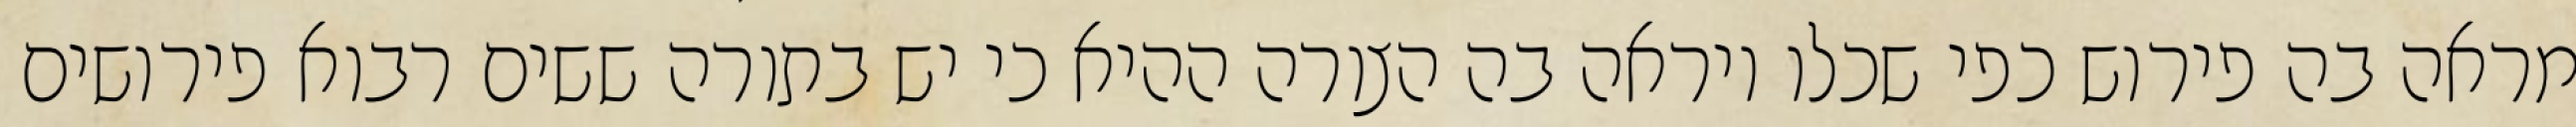
מראה בה פירוש כפי שכלו ויראה בה הצורה ההיא כי יש בתורה ששים רבוא פירושים